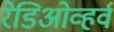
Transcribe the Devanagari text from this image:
रेडिओव्हर्व